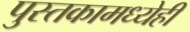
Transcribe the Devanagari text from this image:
पुस्तकामध्येही